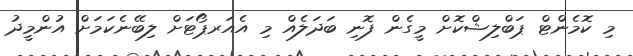
މި ކޮމެންޓް ޕަބްލިޝްކޮށް މީގެން ފޮނި ބަދަލެއް މި އެއަރޕޯޓަށް ލިބޭނެކަމަށް އުންމީދު